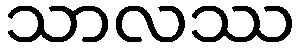
သာလဿ